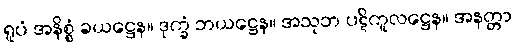
ရူပံ အနိစ္စံ ခယဋ္ဌေန။ ဒုက္ခံ ဘယဋ္ဌေန။ အသုဘ ပဋိကူလဋ္ဌေန။ အနတ္တာ